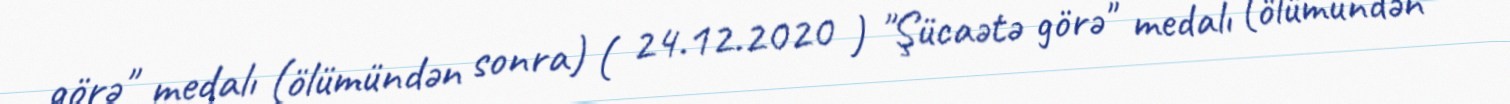
görə" medalı (ölümündən sonra) ( 24.12.2020 ) "Şücaətə görə" medalı (ölümündən